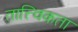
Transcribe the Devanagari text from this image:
तात्त्विकता